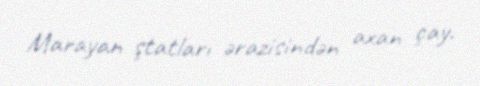
Marayan ştatları ərazisindən axan çay.